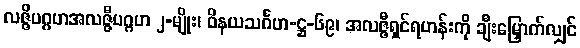
လဇ္ဇိပဂ္ဂဟအလဇ္ဇီပဂ္ဂဟ ၂-မျိုး၊ ဝိနယသင်္ဂဟ-ဋ္ဌ-၆၉၊ အလဇ္ဇီရှင်ရဟန်းကို ချီးမြှောက်လျှင်